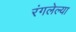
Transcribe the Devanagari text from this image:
रंगलेल्या